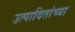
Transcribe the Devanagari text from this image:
उत्पादितांच्या